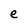
Character: e